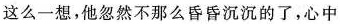
这么一想，他忽然不那么昏昏沉沉的了，心中